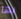
بها